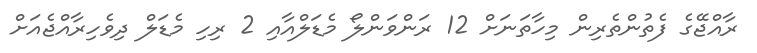
ރާއްޖޭގެ ފެތުންތެރިން މިހާތަނަށް 12 ރަންވަންލޯ މެޑަލްއާއި 2 ރިހި މެޑަލް ދިވެހިރާއްޖެއަށް